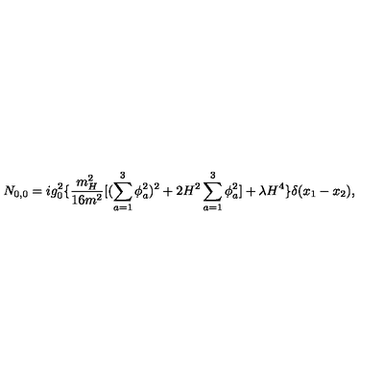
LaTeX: N _ { 0 , 0 } = i g _ { 0 } ^ { 2 } \{ \frac { m _ { H } ^ { 2 } } { 1 6 m ^ { 2 } } [ ( \sum _ { a = 1 } ^ { 3 } \phi _ { a } ^ { 2 } ) ^ { 2 } + 2 H ^ { 2 } \sum _ { a = 1 } ^ { 3 } \phi _ { a } ^ { 2 } ] + \lambda H ^ { 4 } \} \delta ( x _ { 1 } - x _ { 2 } ) ,